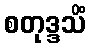
စတုဒ္ဒသိံ